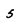
Character: 5